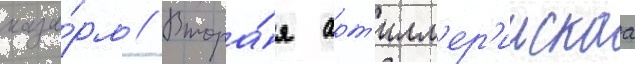
каза́рм // Втора́я арт'илл'ер'иискаа